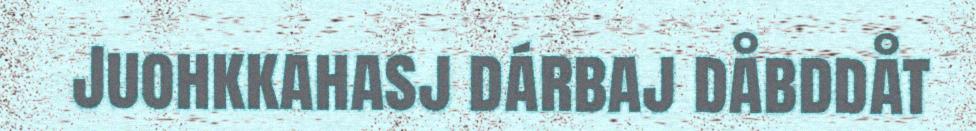
Juohkkahasj dárbaj dåbddåt